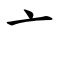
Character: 亠